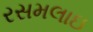
રસમલાઇ